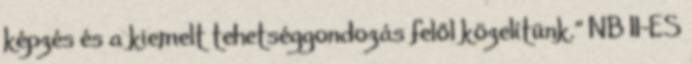
képzés és a kiemelt tehetséggondozás felől közelítünk.” NB II-ES